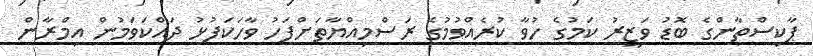
ޕާކިސްތާންގެ ބޮޑު ވަޒީރު ކަމުގެ ހުވާ ކުރެއްވުމުގެ ރަސްމިއްޔާތަށްފަހު ވާހަކަފުޅު ދައްކަވަމުން އިމްރާން